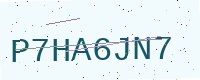
Text: P7HA6JN7